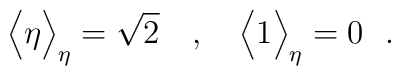
\Big \langle \eta\Big\rangle_{\eta} = \sqrt{2}~~~, ~~~  \Big\langle 1 \Big\rangle_{\eta} = 0~~.